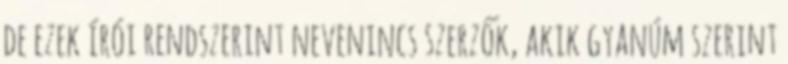
de ezek írói rendszerint nevenincs szerzők, akik gyanúm szerint